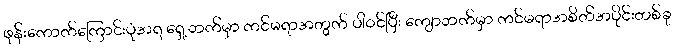
ဖုန်းကောက်ကြောင်းပုံအရ ရှေ့ဘက်မှာ ကင်မရာအတွက် ပါဝင်ပြီး ကျောဘက်မှာ ကင်မရာအစိတ်အပိုင်းတစ်ခု